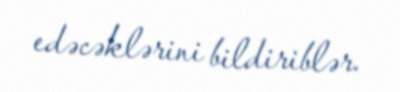
edəcəklərini bildiriblər.